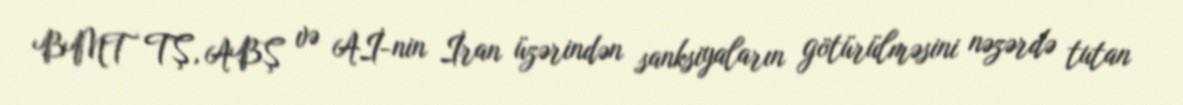
BMT TŞ, ABŞ və Aİ-nin İran üzərindən sanksiyaların götürülməsini nəzərdə tutan